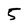
Character: 5